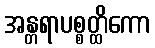
အန္တရာပစ္စတ္ထိကော